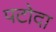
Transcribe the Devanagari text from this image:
पटोदा